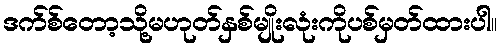
ဒက်စ်တော့သို့မဟုတ်နှစ်မျိုးလုံးကိုပစ်မှတ်ထားပါ။